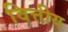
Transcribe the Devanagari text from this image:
वित्तीय